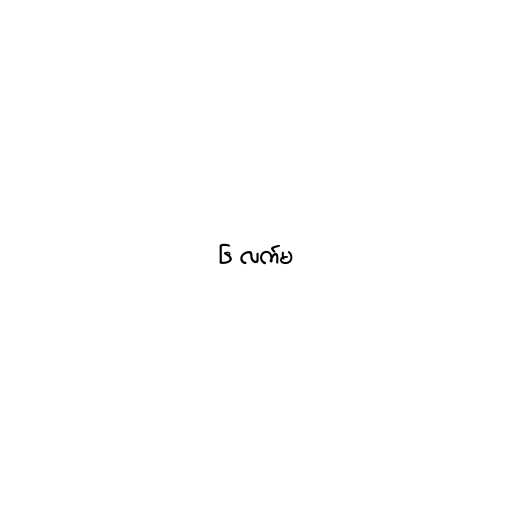
၆ လက်မ